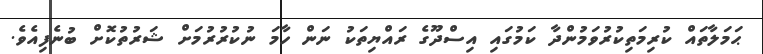
ޙަމަލާތައް ކުރިމަތިކުރުވަމުންދާ ކަމުގައި އިސްދޫގެ ރައްޔިތަކު ނަން ހާމަ ނުކުރުރުމަށް ޝަރުތުކޮށް ބުނެފިއެވެ.